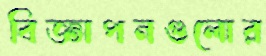
বিজ্ঞাপনগুলোর